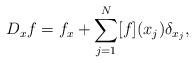
LaTeX: \begin{align*}D_x f=f_x+\sum_{j=1}^N [f](x_j)\delta_{x_j}, \end{align*}